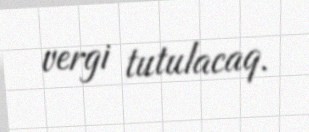
vergi tutulacaq.